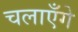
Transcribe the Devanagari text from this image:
चलाएँगे